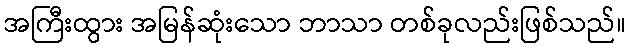
အကြီးထွား အမြန်ဆုံးသော ဘာသာ တစ်ခုလည်းဖြစ်သည်။